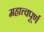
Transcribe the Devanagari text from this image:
महात्त्वपूर्ण